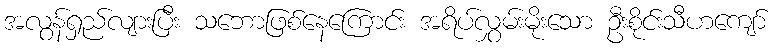
အလွန်ရှည်လျားပြီး သဘောဖြစ်နေကြောင်း အရိပ်လွှမ်းမိုးသော ဦးစိုင်းသီဟကျော်